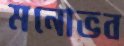
মনোভব